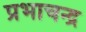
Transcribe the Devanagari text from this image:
प्रभाचन्द्र